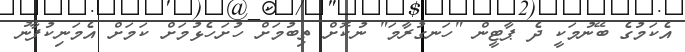
އެކަމުގެ ބޭނުމަކީ ދެ ޕާޓީން "ހަނގުރާމަ" ނުކޮށް ތިބުމަށް ހުށަހެޅުމަށް ކަމަށް އެމަނިކުފާނު